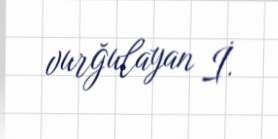
vurğulayan İ.